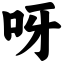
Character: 呀